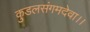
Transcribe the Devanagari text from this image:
कुडलसंगमदेवा।।